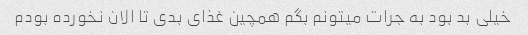
خیلی بد بود به جرات میتونم بگم همچین غذای بدی تا الان نخورده بودم